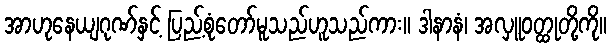
အာဟုနေယျဂုဏ်နှင့် ပြည့်စုံတော်မူသည်ဟူသည်ကား။ ဒါနာနံ၊ အလှူဝတ္ထုတို့ကို။